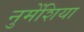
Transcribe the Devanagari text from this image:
नुमेंशिया